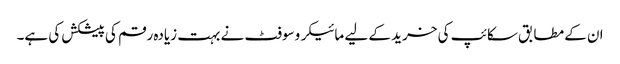
ان کے مطابق سکائپ کی خرید کے لیے مائیکروسوفٹ نے بہت زیادہ رقم کی پیشکش کی ہے۔